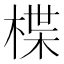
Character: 楪